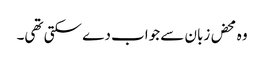
وہ محض زبان سے جواب دے سکتی تھی۔